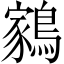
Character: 𬷬